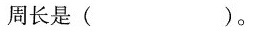
周长是()。